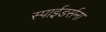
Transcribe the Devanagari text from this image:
स्पाईडर्सना